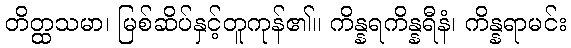
တိတ္ထသမာ၊ မြစ်ဆိပ်နှင့်တူကုန်၏။ ကိန္နရကိန္နရီနံ၊ ကိန္နရာမင်း